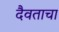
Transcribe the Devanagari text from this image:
दैवताचा